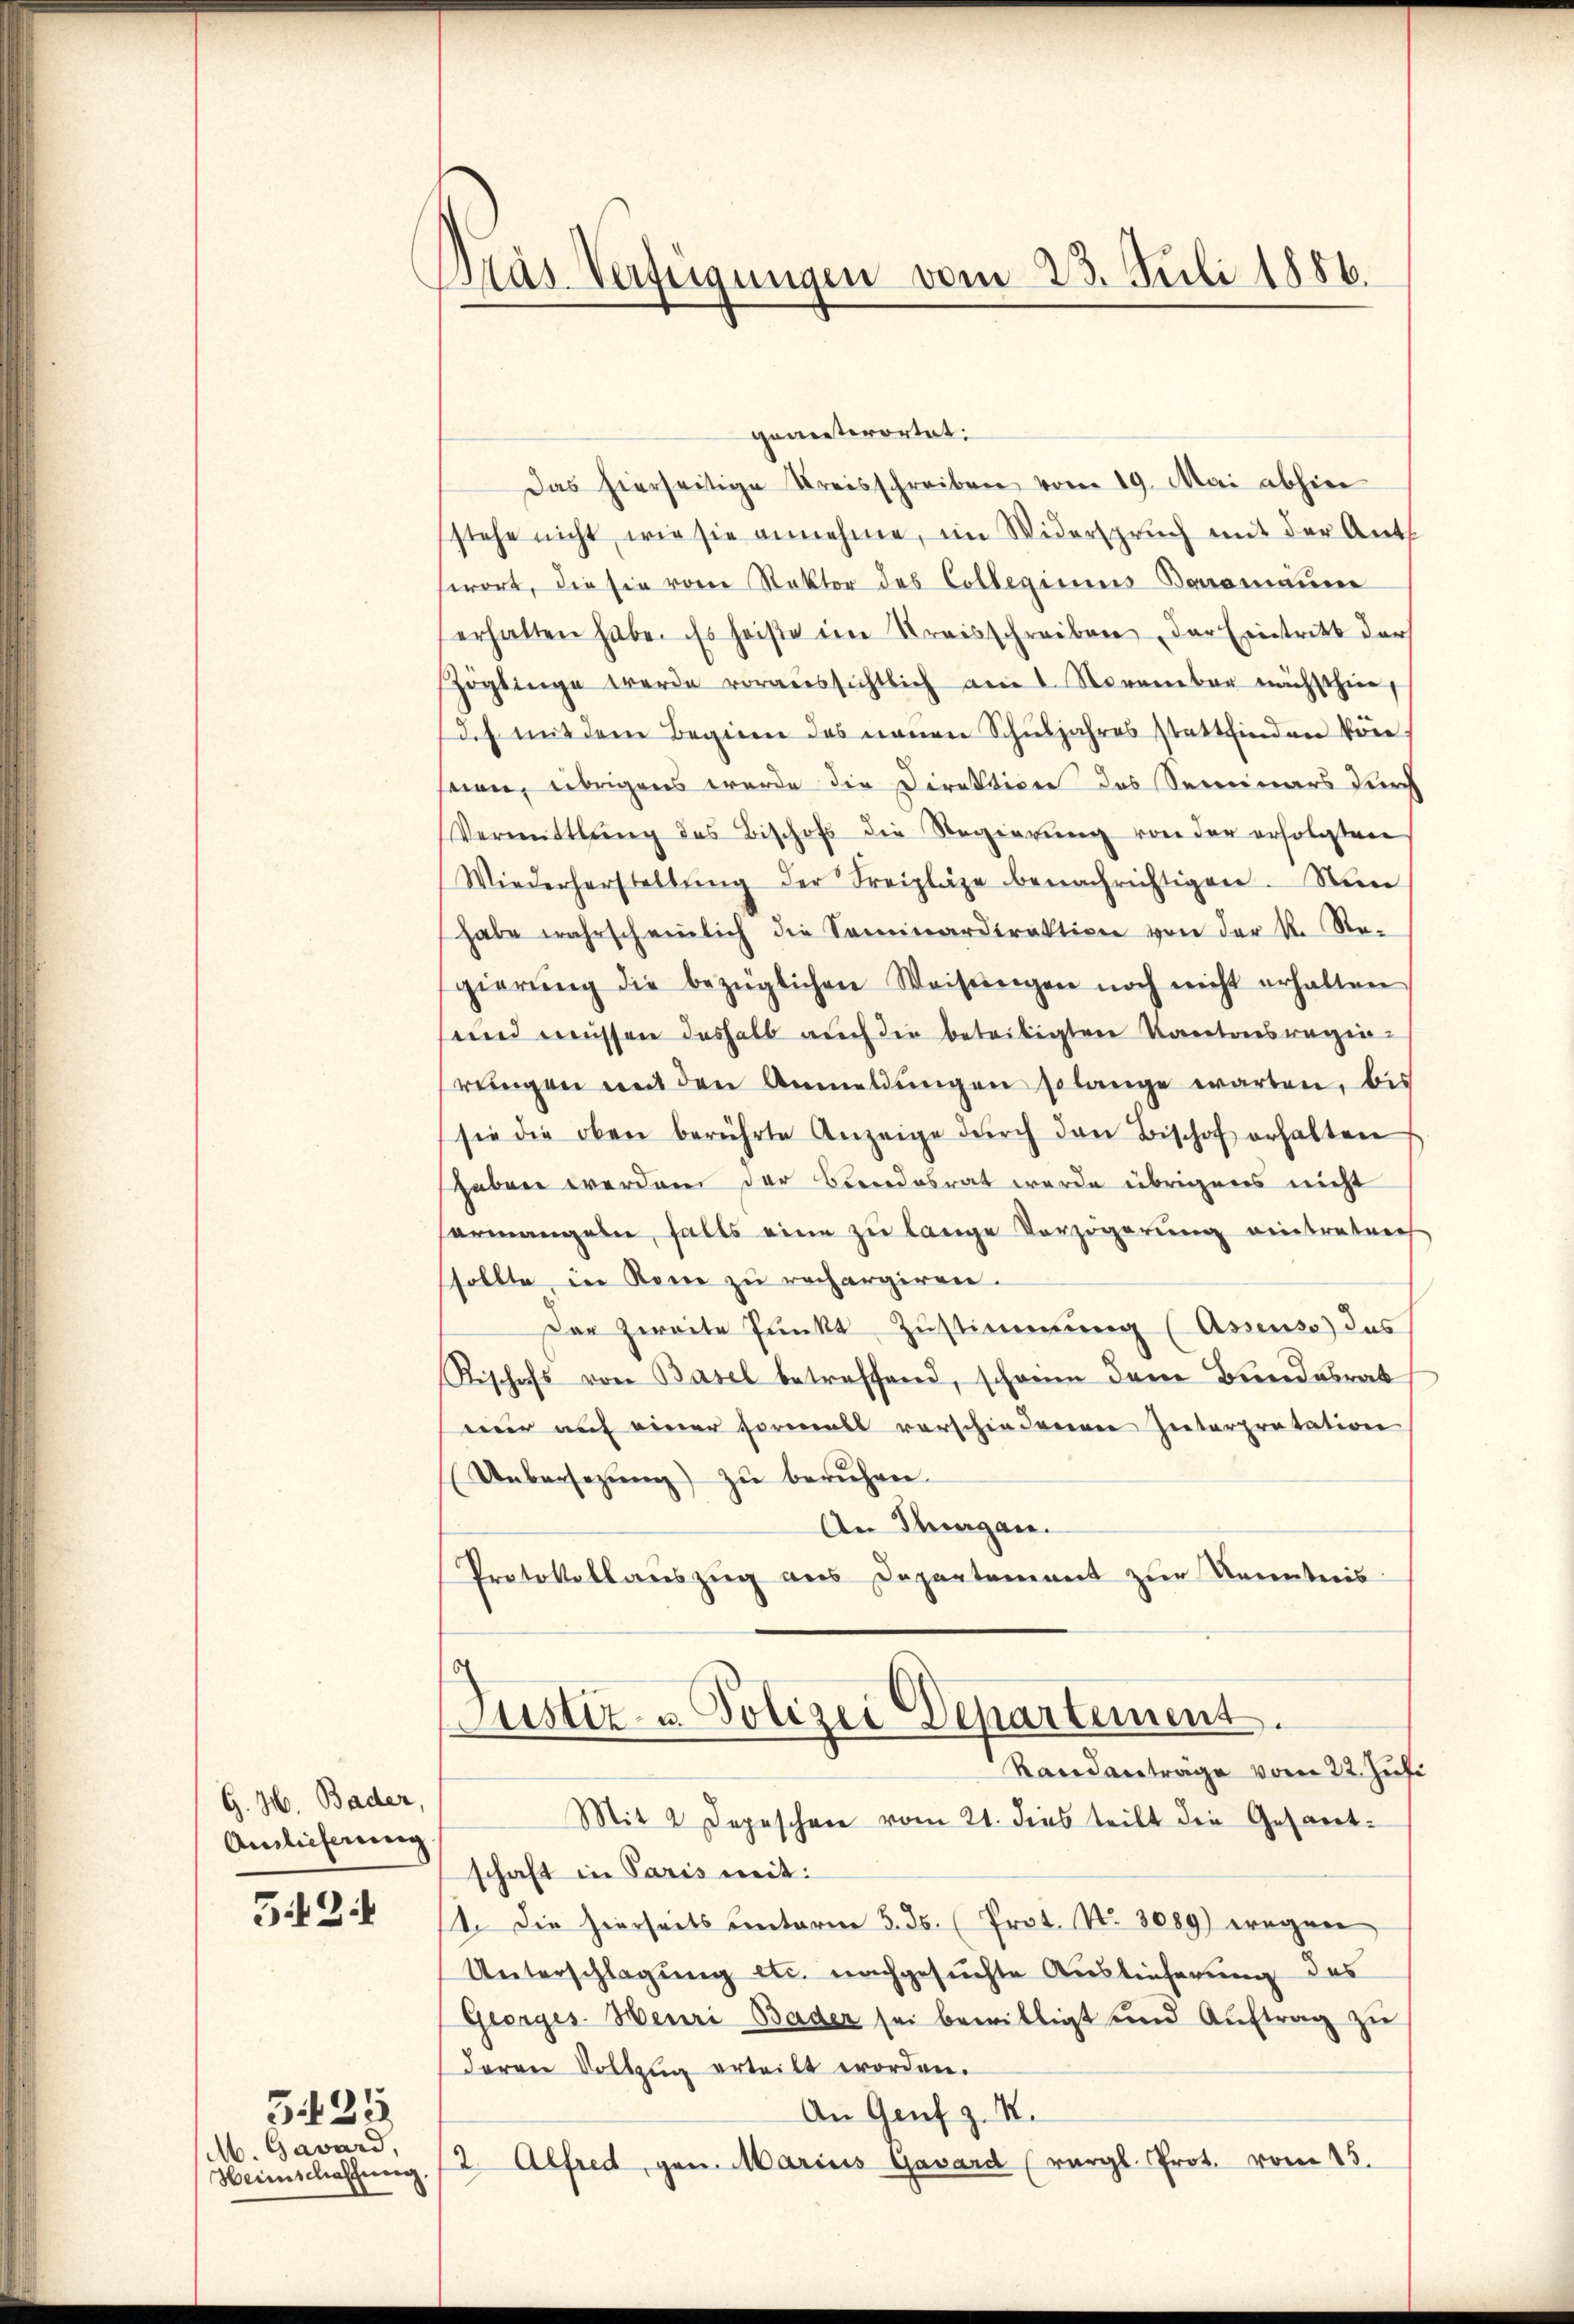
G. H. Bader,
Auslieferung

542:

M. Gavard,

5435.

pras Verfügungen vom 23. Juli 1886.

gonisterortet:
Das hierseitige Kreisschreiben vom 19. Mai abhin
stehe nicht, wie sie annehme, im Widerspruch mit der Ant
swort, die sie vom Rektor des Collegiums Bauamauer
erhalten habe. Es heiße im Streisschreiben der Eintritt der
Zöglinge werde voraussichtlich am 1. November nächsthier,
Ich mit dem Beginen des neŭen Schŭljahres stattfinden kön
seien, übrigens wurde die Direktion des Seminars durch
Vermittlung des Bischof die Regierung von der erfolgten
Wiederherstellŭng der Freipläge benachrichtigen. Nun
habe wahrscheinlich die Seminardirektion von der k. Re-
gierŭng die bezüglichen Weisŭngen noch nicht erhalten
send weissen deshalb auch die beteiligten Kantonsregenreingen mit den Anmeldŭngen solange warten, bis
sie die oben berührte Anzeige dŭrch den Bischof erhalten
haben werden der Beendesrat wurde übrigens nicht
ermangeln, falls eine zu lange Verzögerŭng eintreteres
sollte, in Rome zu rechargiren.
Der zweite Punkt Zustimmung (Assenso das
Rischofs von Basel betreffend, schon dem Bundesrat
nur auf einer Formals vorschiedenen Interpretation
Uebersezung) zu berühren
An Thurgan
Protokollauszug aus Departement zur Kenntnis
Justiz- u. Polizei Departement.
Randanträge vom 22. Juli
Mit 2 Depeschen vom 21. dies teilt die Gesamt-
schaft in Paris mit:
1. Die hierseits unterm 3. ds. (Prot. No. 3089) wegen
Unterschlagung etc. nachgesuchte Auslieferung des
Georges. Heuri Bader sei bewilligt und Auftrag zu
deren Vollzug erteilt worden.
An Genf z. B.
Heimschaffung (2. Alfred, gen. Marius Gavard (vergl. Prot. vom 13.